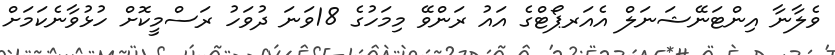
ވެލާނާ އިންޓަނޭޝަނަލް އެއަރޕޯޓްގެ އައު ރަންވޭ މިމަހުގެ 18ވަނަ ދުވަހު ރަސްމީކޮށް ހުޅުވާނެކަމަށް